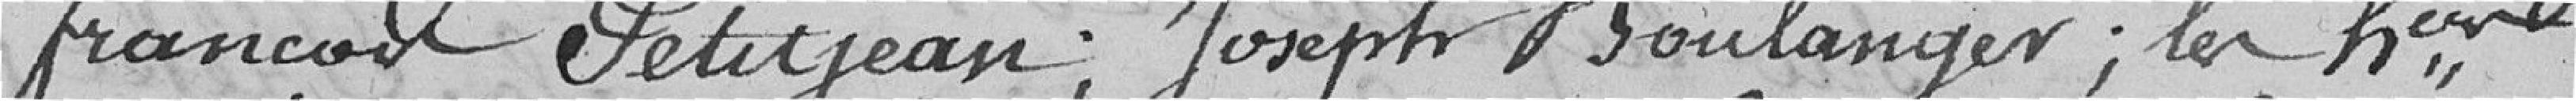
François Petitjean ; Joseph Boulanger ; les h...